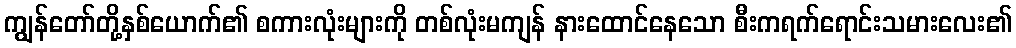
ကျွန်တော်တို့နှစ်ယောက်၏ စကားလုံးများကို တစ်လုံးမကျန် နားထောင်နေသော စီးကရက်ရောင်းသမားလေး၏